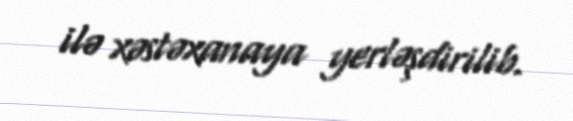
ilə xəstəxanaya yerləşdirilib.